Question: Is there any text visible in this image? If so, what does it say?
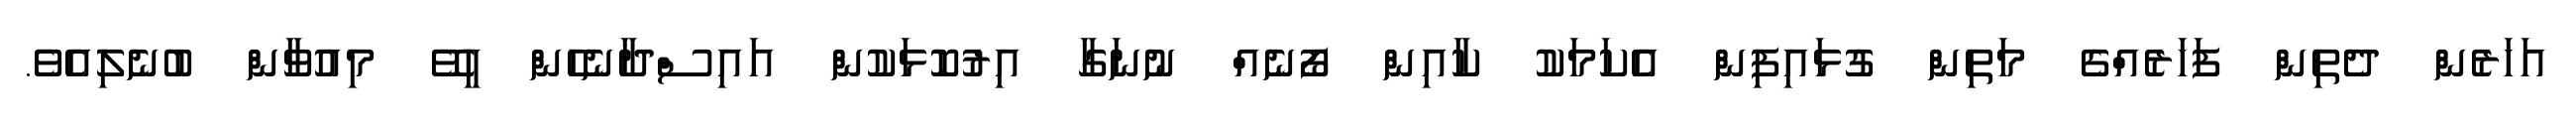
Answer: އަހަރެން ދެތިން ފަހަރެއްގެ މަތިން ގުޅައިފިން އެކަމަކު ކާއިން ފޯނެއް ނުނަގާ އިރުކޮޅަކުން އައިސްދާނެހެން ހީވޭ މިއުވާން ބުނެލިއެވެ.